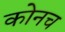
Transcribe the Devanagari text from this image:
कोनच